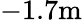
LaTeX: -1.7\textrm{m}